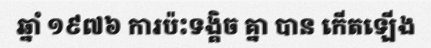
ឆ្នាំ ១៩៧៦ ការប៉ះទង្គិច គ្នា បាន កើតឡើង